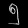
Digit: ၅